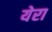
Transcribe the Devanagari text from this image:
येरा